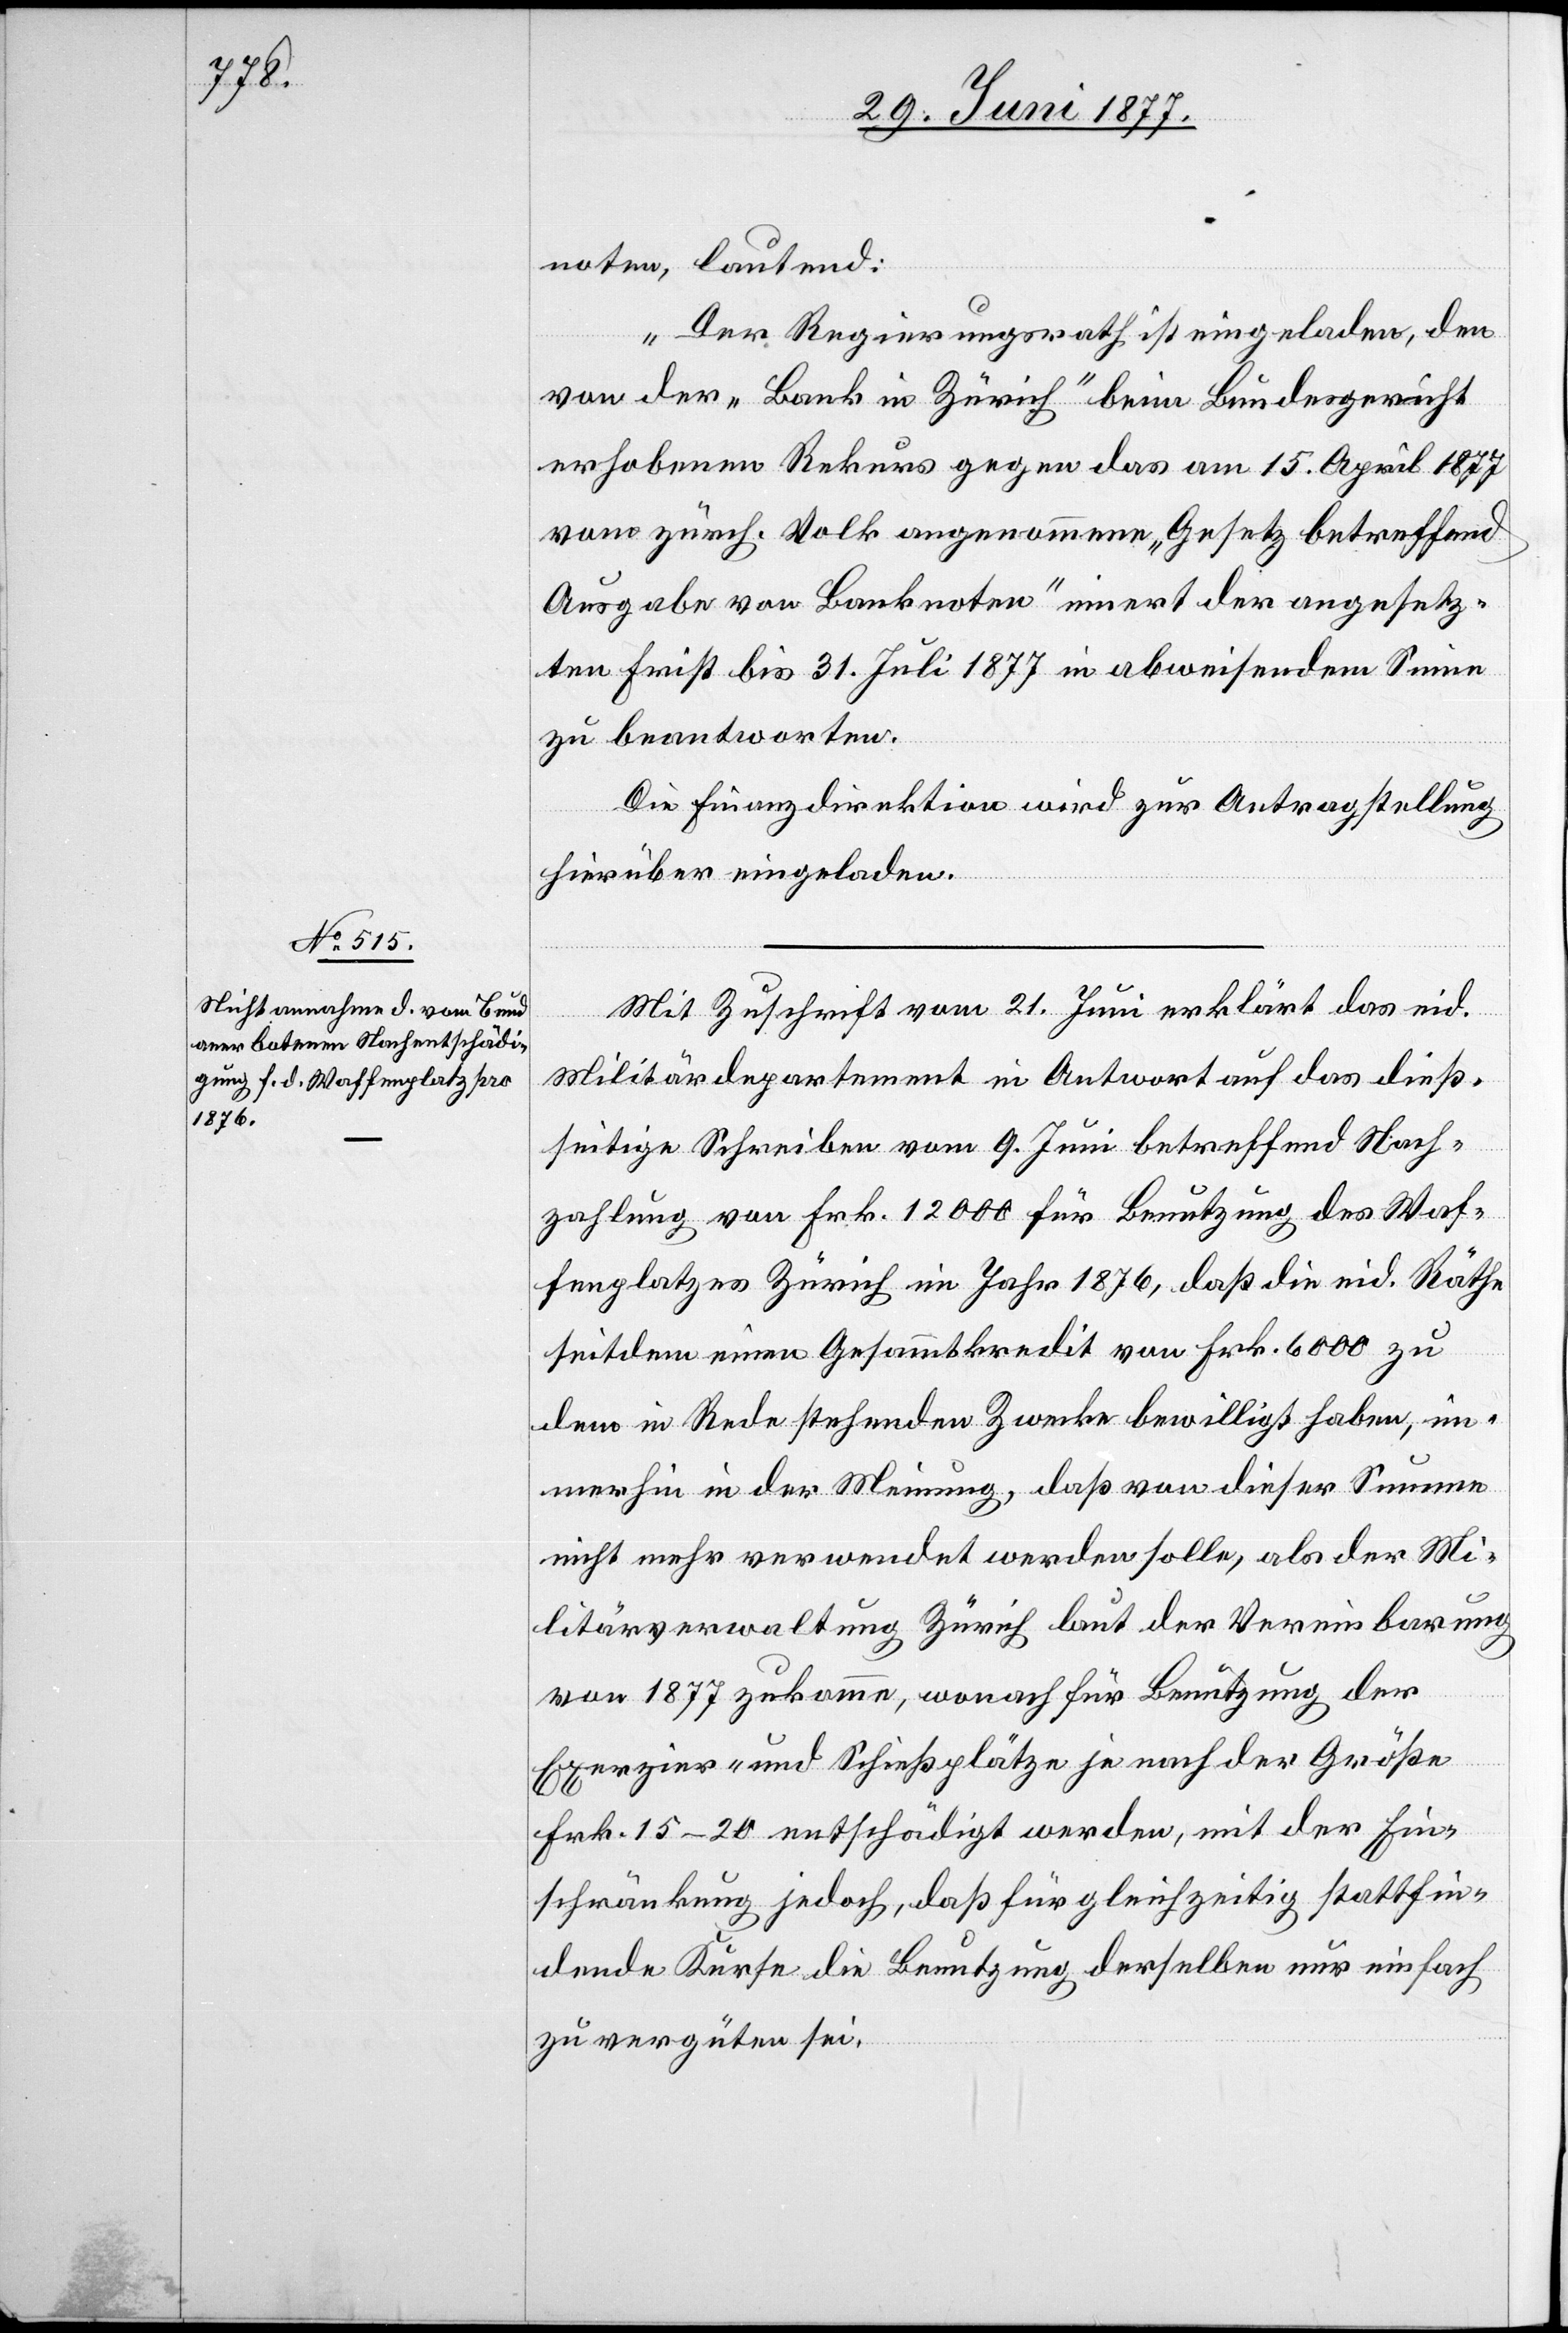
noten, lautend:
„Der Regierungsrath ist eingeladen, den
von der „Bank in Zürich“ beim Bundesgericht
erhobenen Rekurs gegen das am 15. April 1877
vom zürch. Volk angenommene „Gesetz betreffend
Ausgabe von Banknoten“ innert der angesetz¬
ten Frist bis 31. Juli 1877 in abweisendem Sinne
zu beantworten.“
Die Finanzdirektion wird zur Antragstellung
hierüber eingeladen.
Mit Zuschrift vom 21. Juni erklärt das eid.
Militärdepartement in Antwort auf das dieß¬
seitige Schreiben vom 9. Juni betreffend Nach¬
zahlung von Frk. 12,000 für Benutzung des Waf¬
fenplatzes Zürich im Jahr 1876, daß die eid. Räthe
seitdem einen Gesammtkredit von Frk. 6000 zu
dem in Rede stehenden Zwecke bewilligt haben, im¬
merhin in der Meinung, daß von dieser Summe
nicht mehr verwendet werden solle, als der Mi¬
litärverwaltung Zürich laut Vereinbarung
von 1877 zukomme, wonach für Benutzung der
Exerzier- und Schießplätze je nach der Größe
Frk. 15–20 entschädigt werden, mit der Ein¬
schränkung jedoch, daß für gleichzeitig stattfin¬
dende Kurse die Benutzung derselben nur einfach
zu vergüten sei.